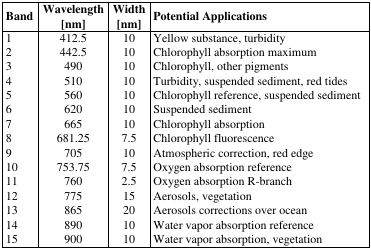
<table><thead><tr><td><b>Band</b></td><td><b>Wavelength[nm]</b></td><td><b>Width[nm]</b></td><td><b>Potential Applications</b></td></tr></thead><tbody><tr><td>1</td><td>412.5</td><td>10</td><td>Yellow substance, turbidity</td></tr><tr><td>2</td><td>442.5</td><td>10</td><td>Chlorophyll absorption maximum</td></tr><tr><td>3</td><td>490</td><td>10</td><td>Chlorophyll, other pigments</td></tr><tr><td>4</td><td>510</td><td>10</td><td>Turbidity, suspended sediment, red tides</td></tr><tr><td>5</td><td>560</td><td>10</td><td>Chlorophyll reference, suspended sediment</td></tr><tr><td>6</td><td>620</td><td>10</td><td>Suspended sediment</td></tr><tr><td>7</td><td>665</td><td>10</td><td>Chlorophyll absorption</td></tr><tr><td>8</td><td>681.25</td><td>7.5</td><td>Chlorophyll fluorescence</td></tr><tr><td>9</td><td>705</td><td>10</td><td>Atmospheric correction, red edge</td></tr><tr><td>10</td><td>753.75</td><td>7.5</td><td>Oxygen absorption reference</td></tr><tr><td>11</td><td>760</td><td>2.5</td><td>Oxygen absorption R-branch</td></tr><tr><td>12</td><td>775</td><td>15</td><td>Aerosols, vegetation</td></tr><tr><td>13</td><td>865</td><td>20</td><td>Aerosols corrections over ocean</td></tr><tr><td>14</td><td>890</td><td>10</td><td>Water vapor absorption reference</td></tr><tr><td>15</td><td>900</td><td>10</td><td>Water vapor absorption, vegetation</td></tr></tbody></table>